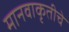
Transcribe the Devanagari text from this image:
मानवाकृतीचे